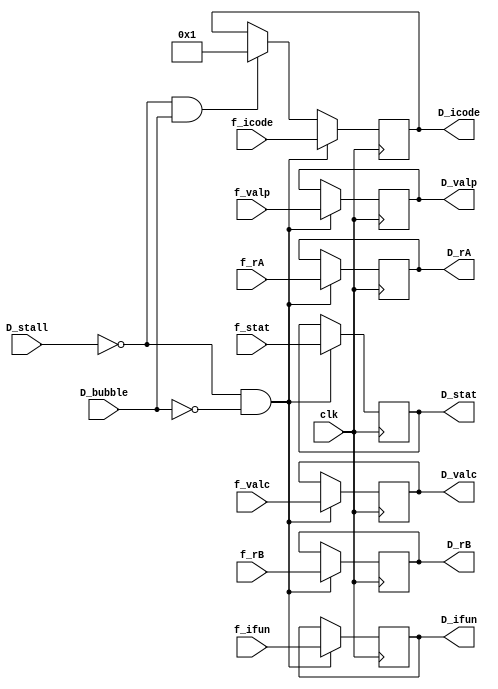
module Dreg(clk, f_stat, f_icode, f_ifun, f_rA, f_rB, f_valc, f_valp, D_stat, D_icode, D_ifun, D_rA, D_rB, D_valc, D_valp, D_bubble, D_stall);

input clk, D_stall, D_bubble;
input [63:0] f_valc,f_valp;
input [3:0] f_icode, f_ifun,f_rA,f_rB;
input [1:0] f_stat;

output reg [63:0] D_valc,D_valp;
output reg [3:0] D_icode, D_ifun,D_rA,D_rB;
output reg [1:0] D_stat;

always@(posedge(clk))
begin
    if (D_stall == 1'b0 && D_bubble == 1'b0)
    begin
        D_icode <= f_icode;
        D_ifun <= f_ifun;
        D_rA <= f_rA;
        D_rB <= f_rB;
        D_stat <= f_stat;
        D_valc <= f_valc;
        D_valp <= f_valp;
    end

    else if (D_stall == 1'b0 && D_bubble != 1'b0)
    begin
        D_icode <= 4'h1;
    end
end

endmodule